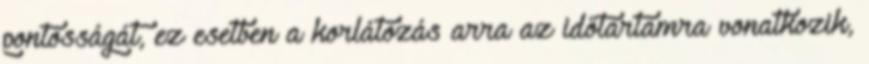
pontosságát, ez esetben a korlátozás arra az időtartamra vonatkozik,